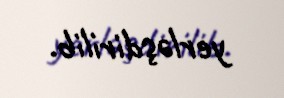
yerləşdirilib.